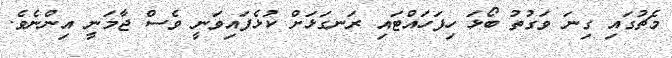
މެޗުގައި ގިނަ ވަގުތު ބޯޅަ ހިފަހައްޓައި ރަނގަޅަށް ކުޅެފައިވަނީ ވެސް ޖާމަނީ އިންނެވެ.